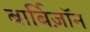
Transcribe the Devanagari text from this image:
बार्बिज़ॉन